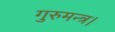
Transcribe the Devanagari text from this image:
गुरुमन्त्र।